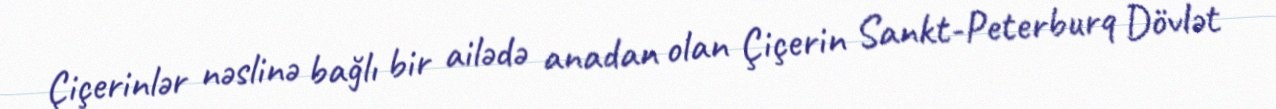
Çiçerinlər nəslinə bağlı bir ailədə anadan olan Çiçerin Sankt-Peterburq Dövlət